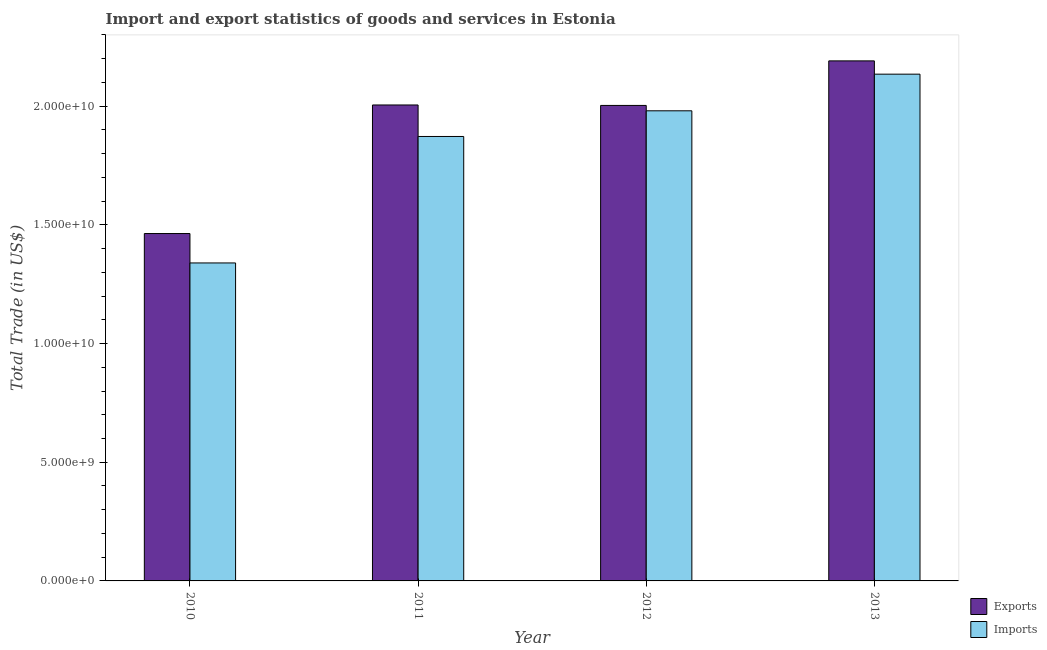
| Year | Exports | Imports |
 | --- | --- | --- |
 | 2010 | 1.46e+10 | 1.34e+10 |
 | 2011 | 2.01e+10 | 1.87e+10 |
 | 2012 | 2e+10 | 1.98e+10 |
 | 2013 | 2.19e+10 | 2.13e+10 |